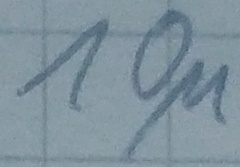
Text: 10µ